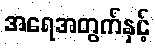
အရေအတွက်နှင့်